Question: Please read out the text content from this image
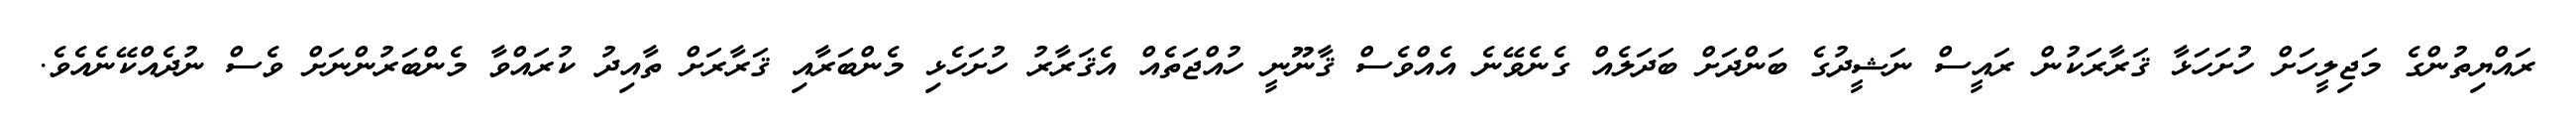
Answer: ރައްޔިތުންގެ މަޖިލީހަށް ހުށަހަޅާ ޤަރާރަކުން ރައީސް ނަޝީދުގެ ބަންދަށް ބަދަލެއް ގެނެވޭނެ އެއްވެސް ޤާނޫނީ ހުއްޖަތެއް އެޤަރާރު ހުށަހެޅި މެންބަރާއި ޤަރާރަށް ތާއިދު ކުރައްވާ މެންބަރުންނަށް ވެސް ނުދެއްކޭނެއެވެ.